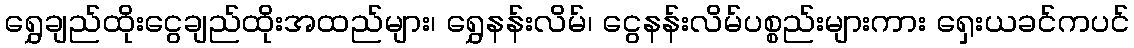
ရွှေချည်ထိုးငွေချည်ထိုးအထည်များ၊ ရွှေနန်းလိမ်၊ ငွေနန်းလိမ်ပစ္စည်းများကား ရှေးယခင်ကပင်